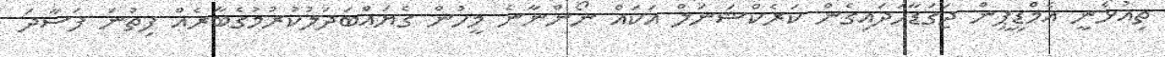
ތިއުޅެނީ އެމްޑީޕީން ޖަގަޑާހަދައިގެން ކަރެކްޝަނަލް އަކައް ނޯންނާނެ މީހުން ގެޔައްބަދަލުކުރުމުގެބާރެއް ފިތުނަ ފަސާދަ